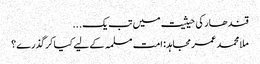
‏قندھار کی حیثیت میں تب یک ...
ملا محمد عمر مجاہد: امت مسلمہ کے لیے کیا کرگذرے؟